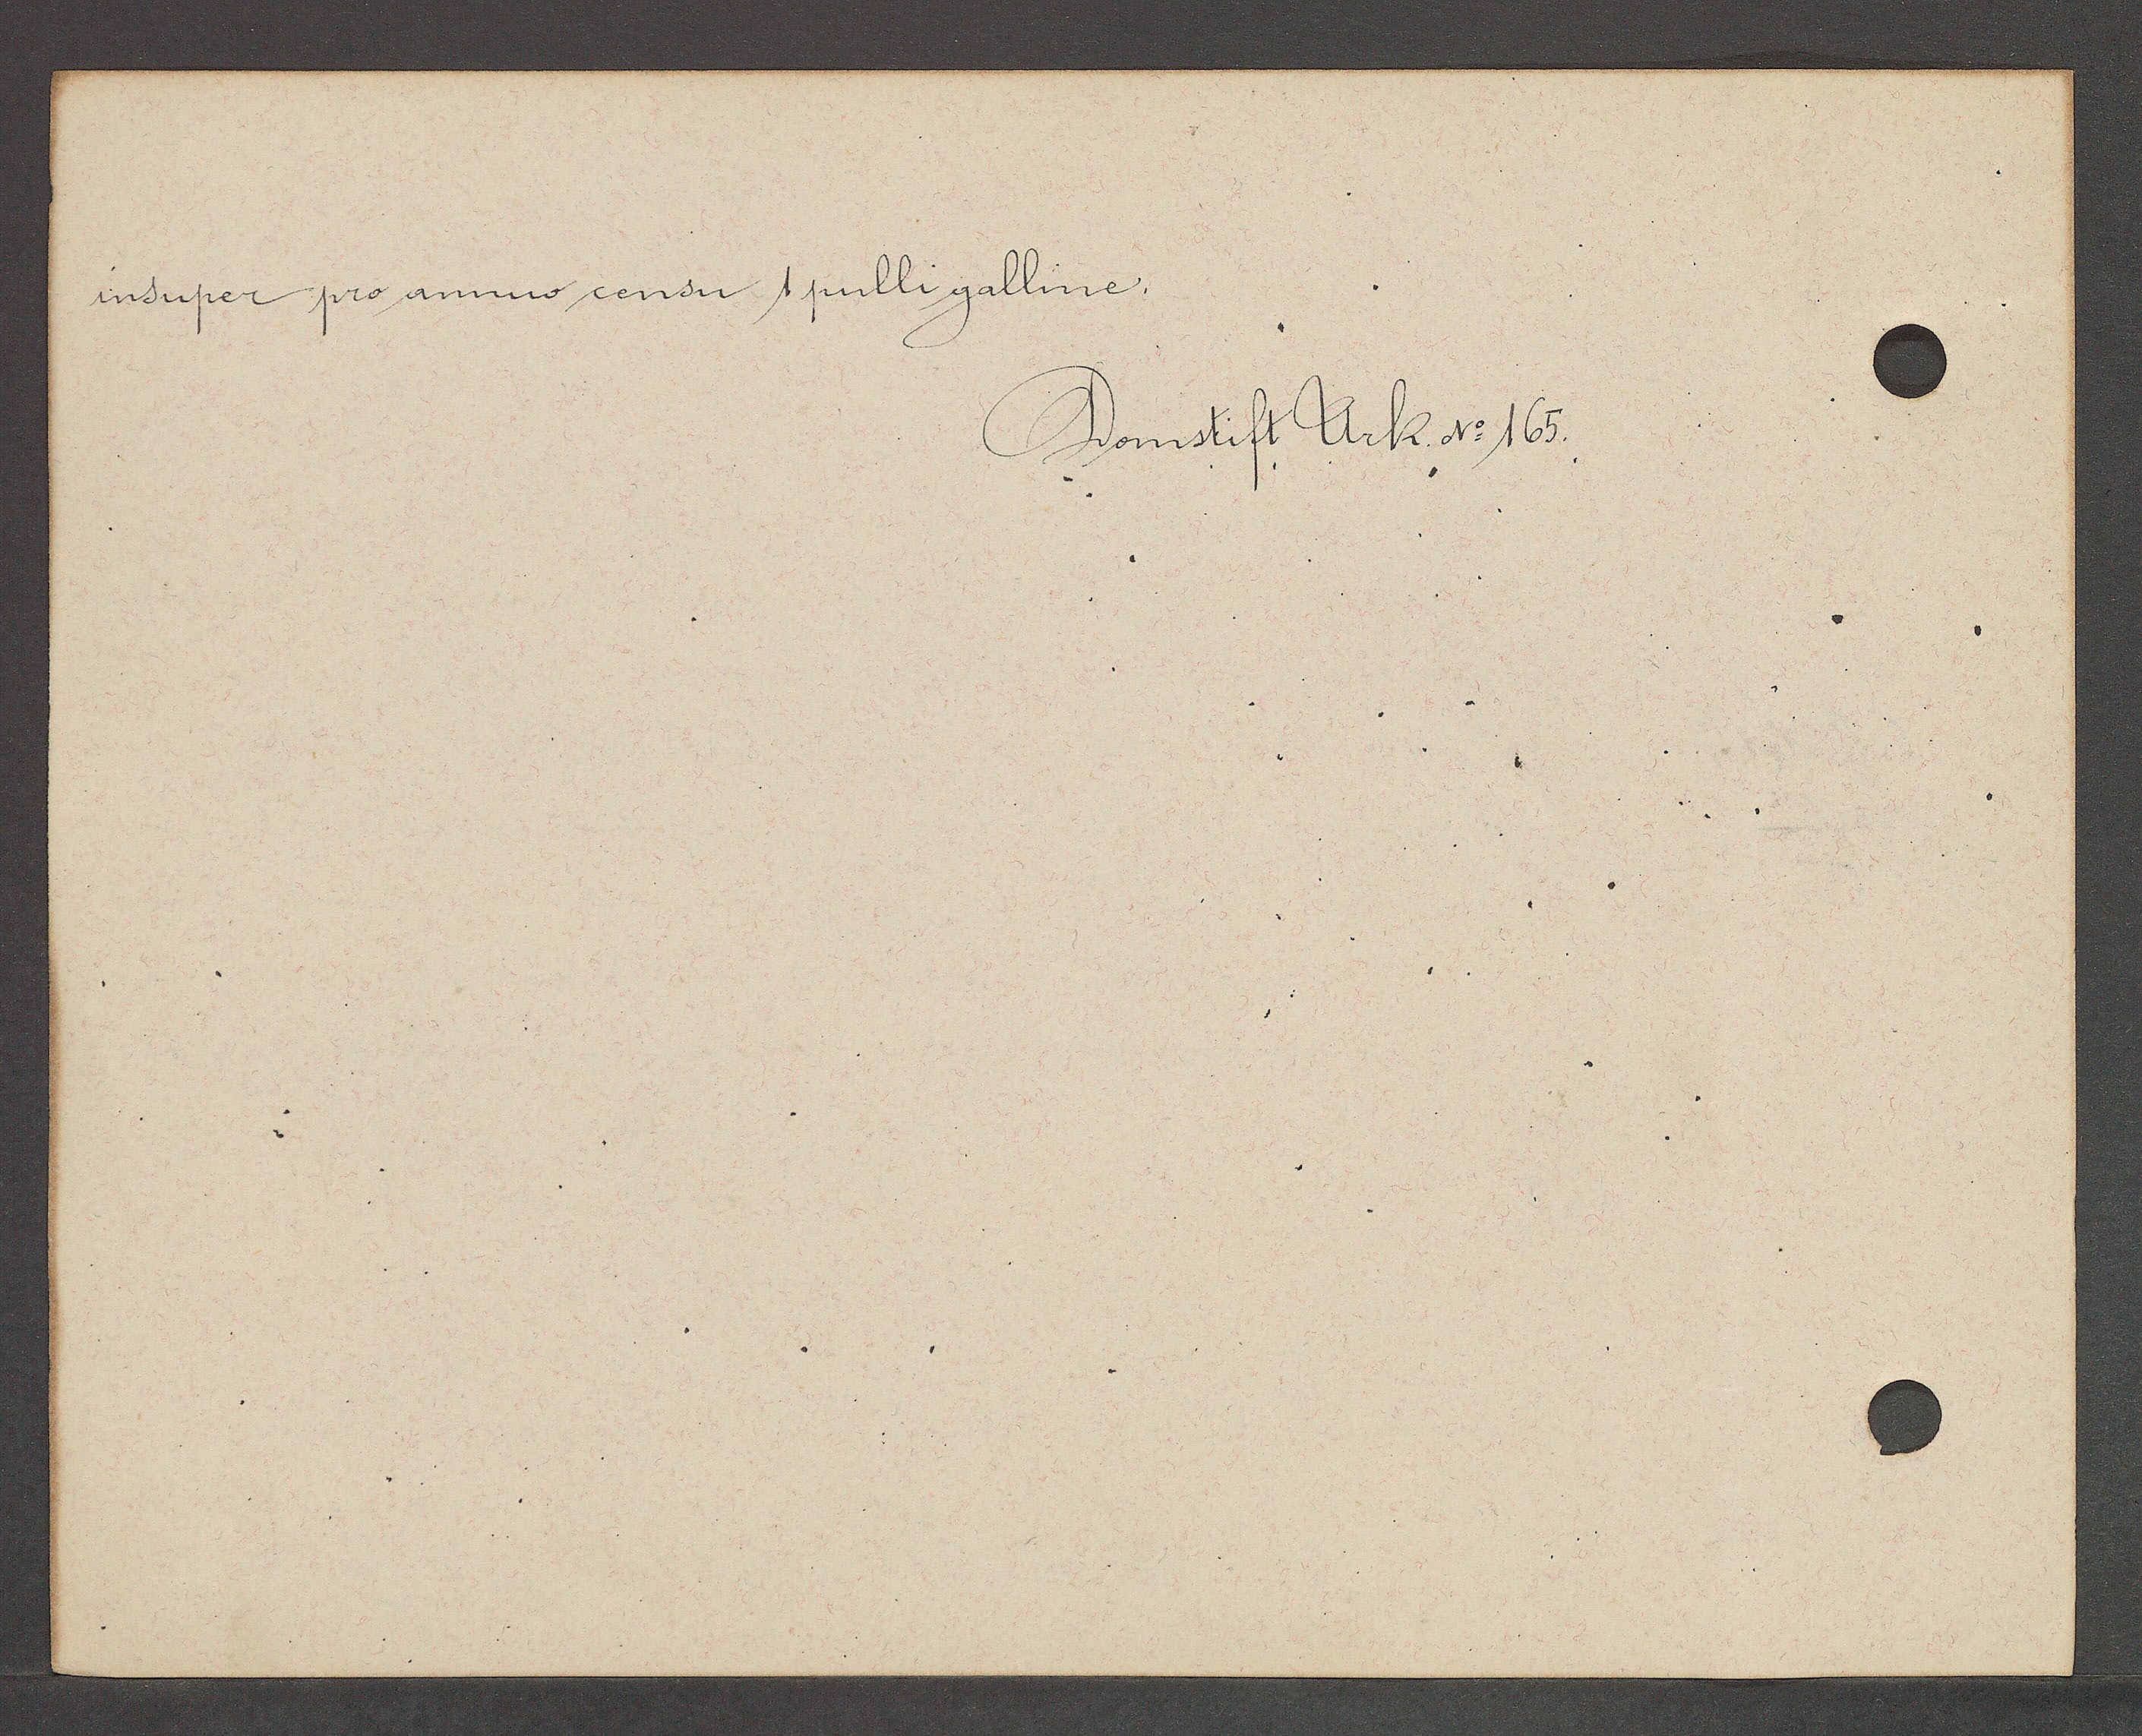
Transcript:
insuper pro annuo censu 1 pulli galline.
Domstift Urk. No 162.